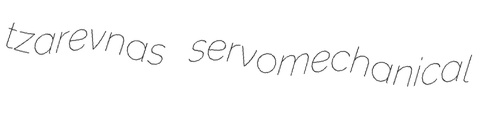
tzarevnas servomechanical